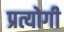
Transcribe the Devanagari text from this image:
प्रत्योगी